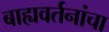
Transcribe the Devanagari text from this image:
बाह्यवर्तनांचा